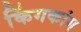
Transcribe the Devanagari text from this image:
किंगकांग